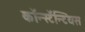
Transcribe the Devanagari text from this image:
कॉन्स्टॅन्टियस